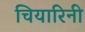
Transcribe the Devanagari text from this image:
चियारिनी